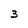
Character: 3